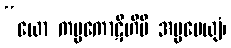
“ယော ကပ္ပကောဋိဟိပိ အပ္ပမေယျံ၊